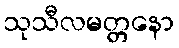
သုသီလမတ္တနော